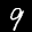
Label: 9